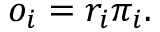
o _ { i } = r _ { i } \pi _ { i } .